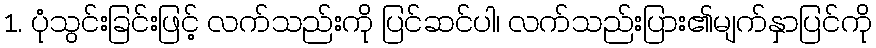
1. ပုံသွင်းခြင်းဖြင့် လက်သည်းကို ပြင်ဆင်ပါ၊ လက်သည်းပြား၏မျက်နှာပြင်ကို